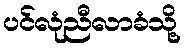
ပင်လုံညီလာခံသို့